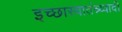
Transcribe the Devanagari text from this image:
इच्छास्वातंत्र्य्वादी